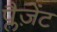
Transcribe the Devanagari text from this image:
प्लैज़ेंट